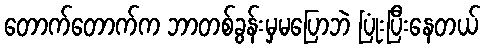
တောက်တောက်က ဘာတစ်ခွန်းမှမပြောဘဲ ပြုံးပြီးနေတယ်